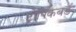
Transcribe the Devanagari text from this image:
ट्रोपिकबर्ड